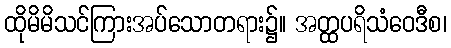
ထိုမိမိသင်ကြားအပ်သောတရား၌။ အတ္ထပရိသံဝေဒီစ၊